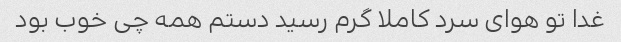
غدا تو هوای سرد کاملا گرم رسید دستم همه چی خوب بود